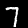
Label: 7